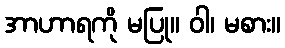
အာဟာရကို မပြု။ ဝါ၊ မစား။